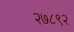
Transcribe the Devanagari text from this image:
२७८९२